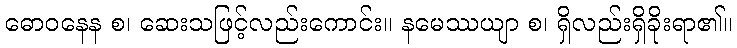
ဓောဝနေန စ၊ ဆေးသဖြင့်လည်းကောင်း။ နမေဿယျာ စ၊ ရှိလည်းရှိခိုးရာ၏။